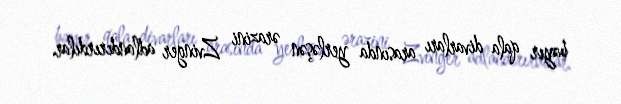
bayır qala divarları arasında yerləşən ərazini Zvinger adlandırırdılar.